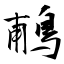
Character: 鵏